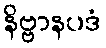
နိဗ္ဗာနပဒံ